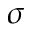
\sigma